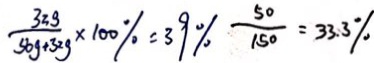
\frac { 3 2 g } { 5 6 g + 3 g } \times 1 0 0 \% = 3 9 \% \frac { 5 0 } { 1 5 0 } = 3 3 . 3 \%